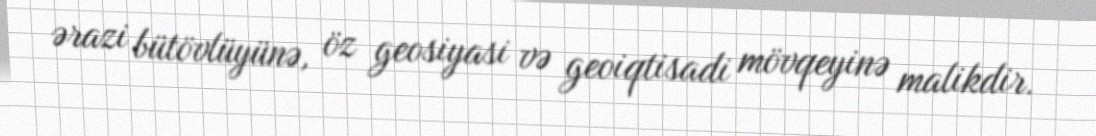
ərazi bütövlüyünə, öz geosiyasi və geoiqtisadi mövqeyinə malikdir.